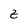
Character: z